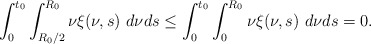
\begin{align*} \int_{0}^{t_{0}}\int_{R_{0}/2}^{R_{0}}\nu\xi(\nu,s)\ d\nu ds\leq \int_{0}^{t_{0}}\int_{0}^{R_{0}}\nu\xi(\nu,s)\ d\nu ds=0. \end{align*}